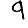
Digit: 9